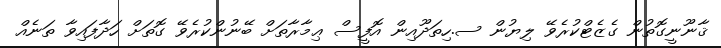
ޤާނޫނީގޮތުން ގެޒެޓްކުރެވޭ ލިޔުން ސ.ހިތަދޫއިން އޮފީސް ޢިމާރާތަށް ބޭނުންކުރެވޭ ގޮތަށް ހަދާފައިވާ ތަނެއް